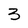
Character: 3